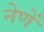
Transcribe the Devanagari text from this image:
नेणें